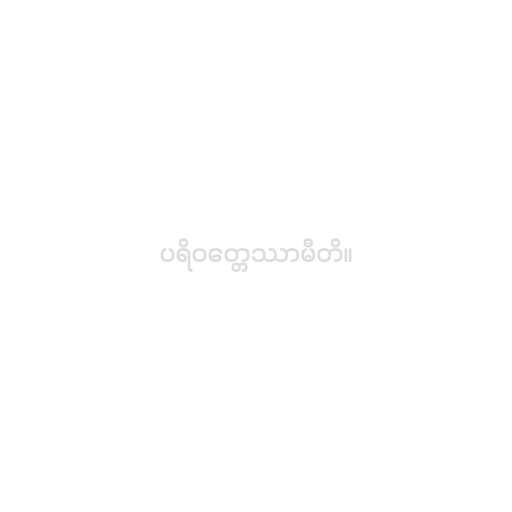
ပရိဝတ္တေဿာမီတိ။